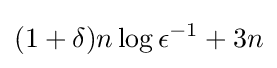
(1+\delta )n\log \epsilon ^{-1}+3n